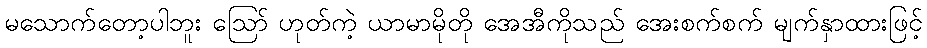
မသောက်တော့ပါဘူး ဪ ဟုတ်ကဲ့ ယာမာမိုတို အေအီကိုသည် အေးစက်စက် မျက်နှာထားဖြင့်